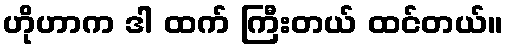
ဟိုဟာက ဒါ ထက် ကြီးတယ် ထင်တယ်။